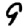
Digit: 9